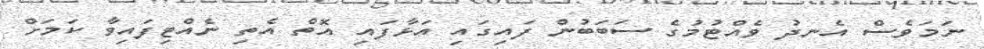
ނަމަވެސް އެނދު ވެއްޓުމުގެ ސަބަބުން ފައިގައި އަޅާފައި އޮތް އެތި ނެއްޓިފައިވާ ކަމަށް